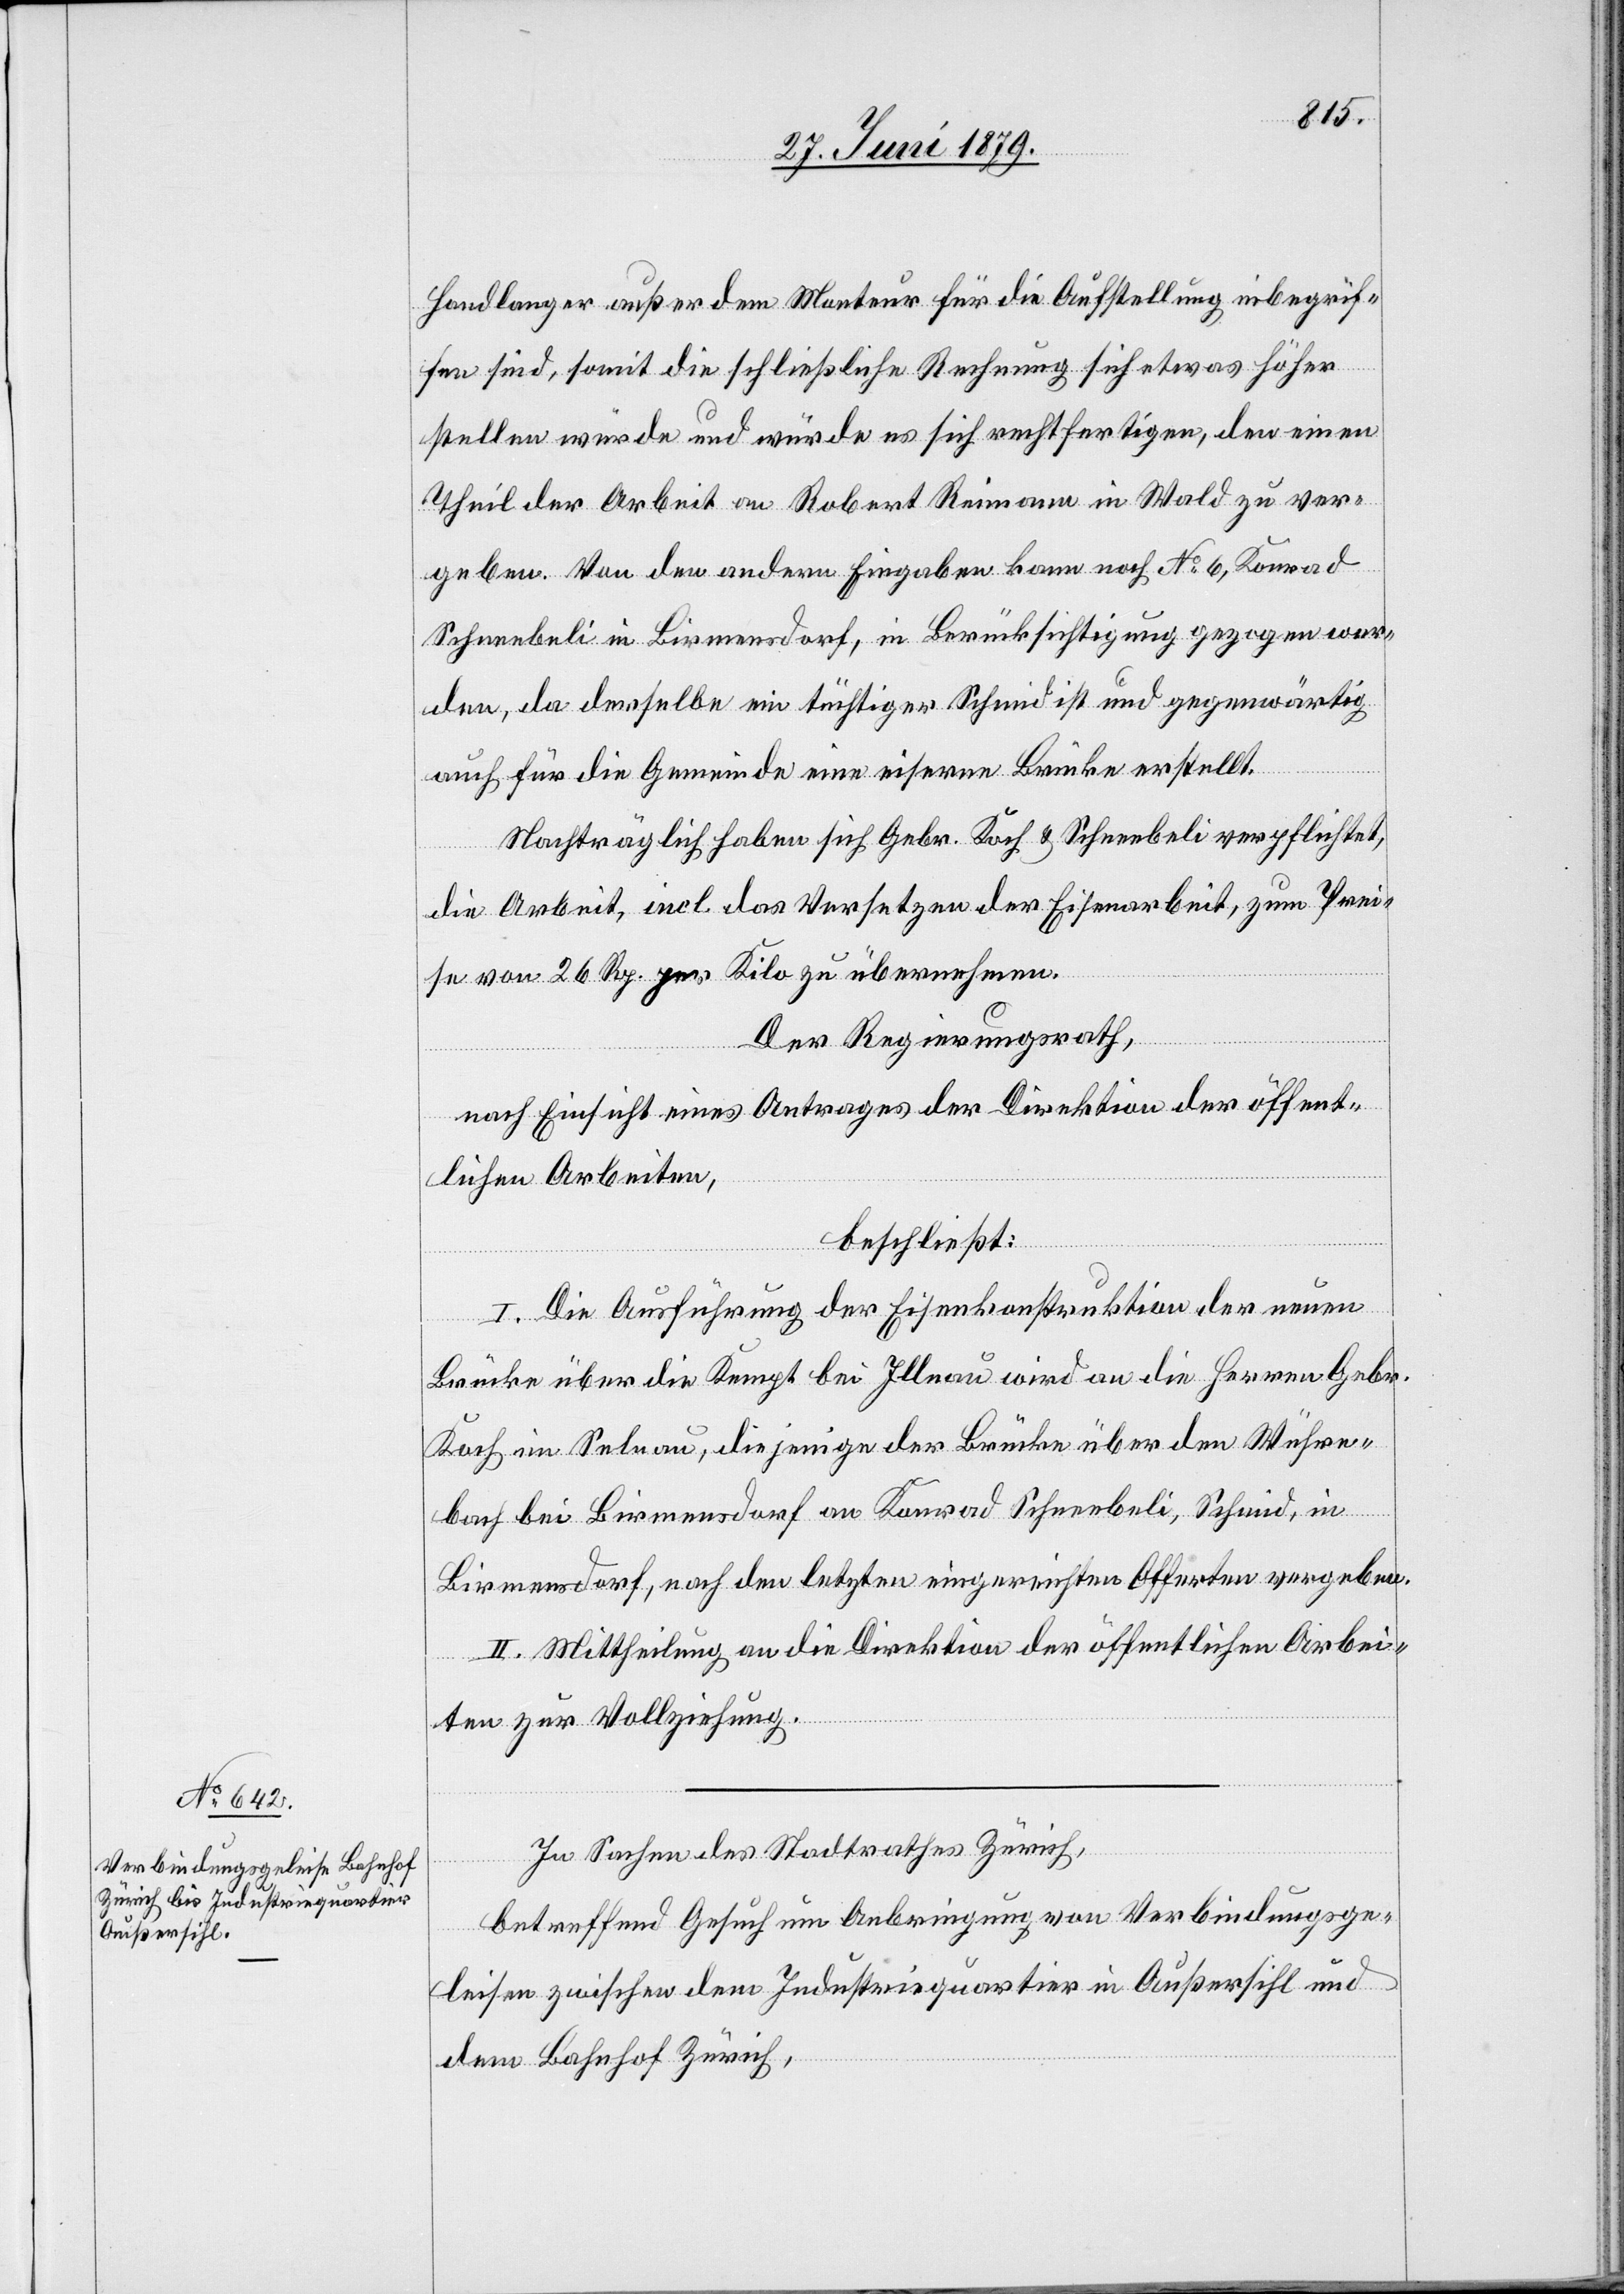
Handlanger außer dem Monteur für die Aufstellung inbegrif¬
fen sind, somit die schließliche Rechnung sich etwas höher
stellen würde und würde es sich rechtfertigen, den einen
Theil der Arbeit an Robert Reimann in Wald zu ver¬
geben. Von den andern Eingaben kann noch No 6, Konrad
Schneebeli in Birmensdorf, in Berücksichtigung gezogen wer¬
den, da derselbe ein tüchtiger Schmid ist und gegenwärtig
auch für die Gemeinde eine eiserne Brücke erstellt.
Nachträglich haben sich Gebr. Koch & Schneebeli verpflichtet,
die Arbeit, incl. das Versetzen der Eisenarbeit, zum Prei¬
se von 26 Rp. per Kilo zu übernehmen.
Der Regierungsrath,
nach Einsicht eines Antrages der Direktion der öffent¬
lichen Arbeiten,
beschließt:
I. Die Ausführung der Eisenkonstruktion der neuen
Brücke über die Kempt bei Illnau wird an die Herren Gebr.
Koch im Selnau, diejenige der Brücke über den Wühre¬
bach bei Birmensdorf an Konrad Schneebeli, Schmid, in
Birmensdorf, nach den letzten eingereichten Offerten vergeben.
II. Mittheilung an die Direktion der öffentlichen Arbei¬
ten zur Vollziehung.
In Sachen des Stadtrathes Zürich,
betreffend Gesuch um Anbringung von Verbindungsge¬
leisen zwischen dem Industriequartier in Außersihl und
dem Bahnhof Zürich,